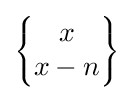
\scriptstyle {\left\{{\begin{matrix}x\\x-n\end{matrix}}\right\}}